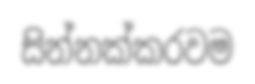
සින්නක්කරවම